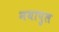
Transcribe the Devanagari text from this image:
नयापुल